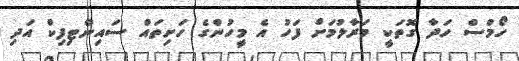
ހޯމްސް ހަދާ ގޮތަކީ މަރާލުމަށް ފަހު އެ މީހުންގެ ހަށިތައް ސައިންޓިފިކް އަދި